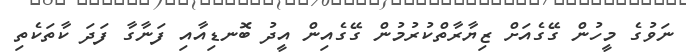
ނަވުގެ މީހުން ގޭގެއަށް ޒިޔާރާތްކުރުމުން ގޭގެއިން އީދު ބޮނޑިއާއި ފަނާގާ ފަދަ ކާތަކެތި